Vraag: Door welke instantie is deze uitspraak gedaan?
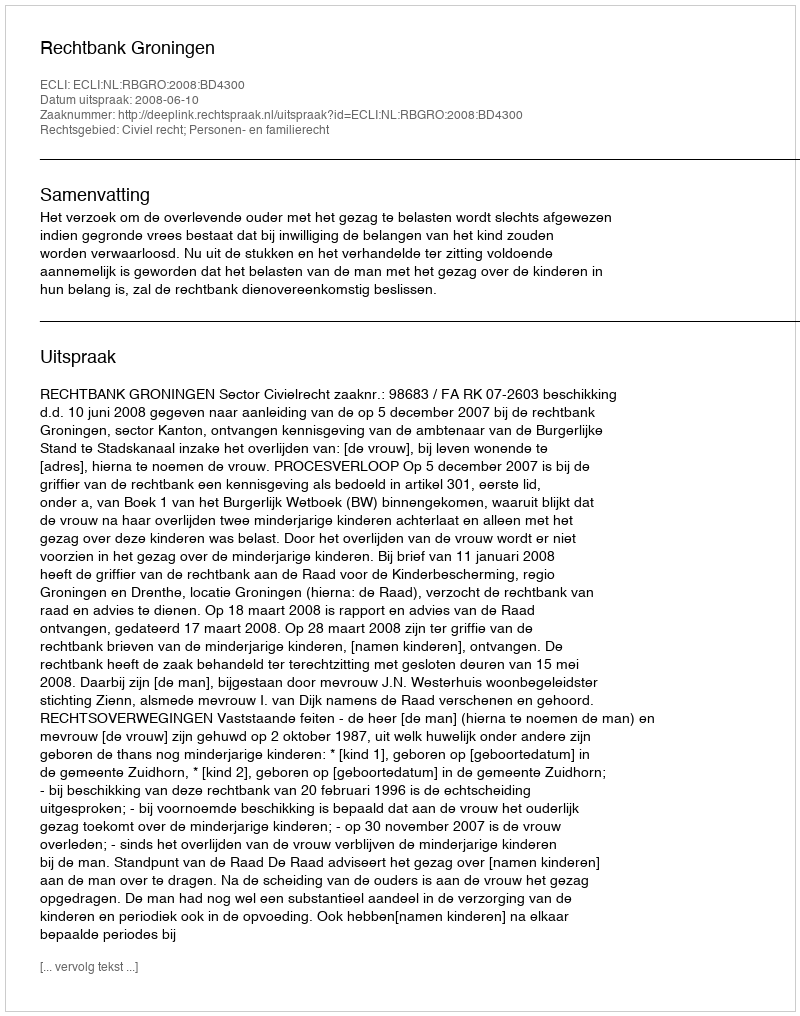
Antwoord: Rechtbank Groningen